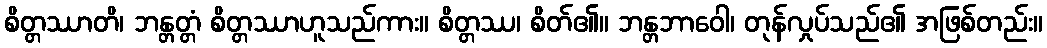
စိတ္တဿာတိ၊ ဘန္တတ္တံ စိတ္တဿာဟူသည်ကား။ စိတ္တဿ၊ စိတ်၏။ ဘန္တဘာဝေါ၊ တုန်လှုပ်သည်၏ အဖြစ်တည်း။